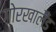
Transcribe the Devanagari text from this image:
गोरखालैँड